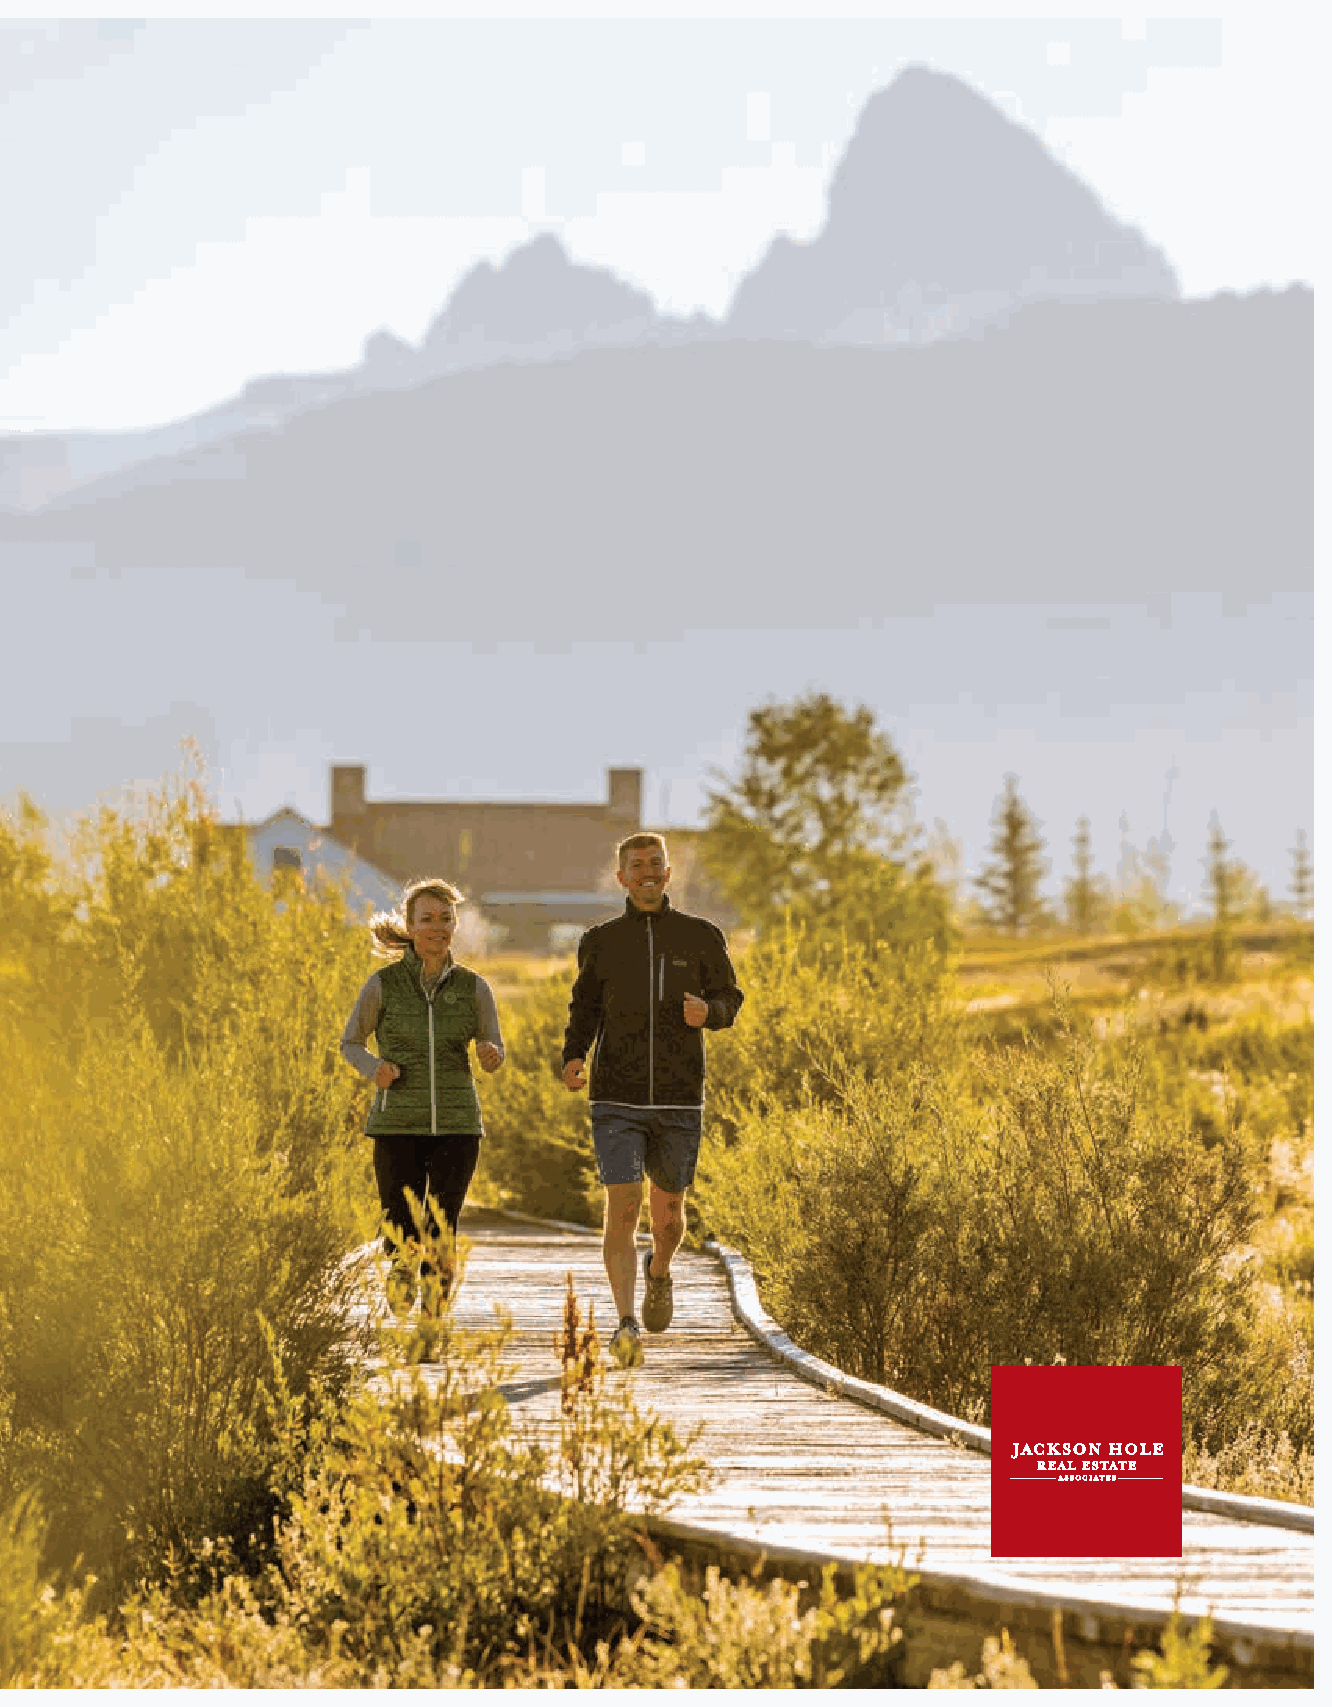
TAKE A MOMENT TO CATCH YOUR BREATH
 THEN LET TRIBUTARY TAKE IT AWAY
 NEW HOMES STARTING FROM $2.25 MILLION
 This is all-in western living. A basecamp for the human spirit. It’s a rare but
 reachable respite amidst a confluence of adventure and luxury. Rich in wildlife,
 abundantly stocked ponds, and charming mountain town culture, this 1,500-acre
 low-density community is the Rocky Mountain West’s last best-kept secret. An
 invitation to discover more than place; but your place within it.
 TRIBUTARYIDAHO.COM · JHEILBRUN@TRIBUTARYIDAHO.COM
 501 HUNTSMAN SPRINGS DRIVE, DRIGGS, ID 83422 · 307.690.1508
 Tributary is a private club community located in Driggs, Idaho. Obtain the Property
 Report required by Federal law and read it before signing anything. No Federal agency
 has judged the merits or value, if any, of this property.